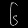
Digit: ၆